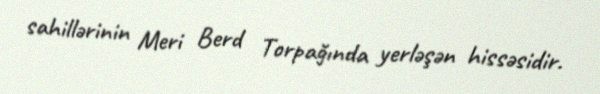
sahillərinin Meri Berd Torpağında yerləşən hissəsidir.